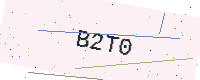
Text: B2T0